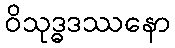
ဝိသုဒ္ဓဒဿနော